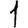
Digit: 1